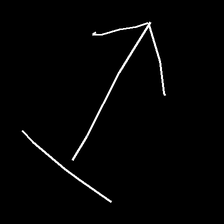
Glyph: levitation